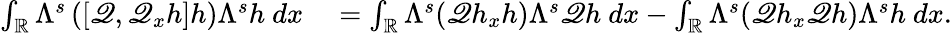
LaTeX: \begin{array}{rl}{\int_{\mathbb R}\Lambda^{s}\left([\mathscr{Q},\mathscr{Q}_{x}h]h\right)\Lambda^{s}h\ dx}&{{}=\int_{\mathbb R}\Lambda^{s}(\mathscr{Q}h_{x}h)\Lambda^{s}\mathscr{Q}h\ dx-\int_{\mathbb R}\Lambda^{s}(\mathscr{Q}h_{x}\mathscr{Q}h)\Lambda^{s}h\ dx.}\end{array}